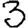
Digit: 3